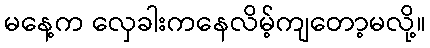
မနေ့က လှေခါးကနေလိမ့်ကျတော့မလို့။